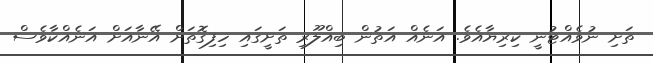
ތަށި ނުވެއްޓުނީ ކިރިޔާއެވެ. އަނެއް އަތުން ބިއްލޫރި ތަށީގައި ހިފިގޮތަށް އޭނާއަށް އަނެއްކާވެސް